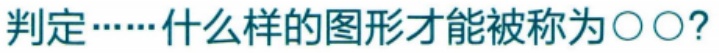
判定……什么样的图形才能被称为〇〇？